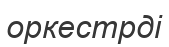
оркестрді